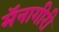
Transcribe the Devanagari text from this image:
मॅनागीरी